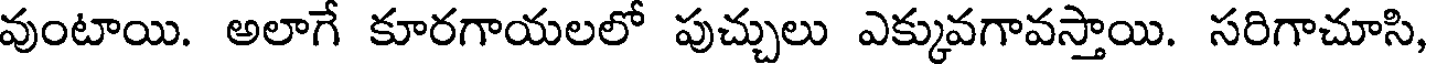
వుంటాయి. అలాగే కూరగాయలలో పుచ్చులు ఎక్కువగావస్తాయి. సరిగాచూసి,